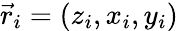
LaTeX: \vec{r}_{i}=(z_{i},x_{i},y_{i})